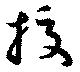
挍